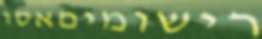
רישומיםאסו